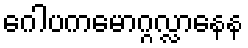
ဂေါပကမောဂ္ဂလ္လာနေန